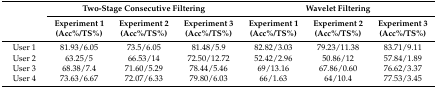
<table><thead><tr><td rowspan="2"></td><td colspan="3"><b>Two-Stage Consecutive Filtering</b></td><td colspan="3"><b>Wavelet Filtering</b></td></tr><tr><td><b>Experiment 1 (Acc%/TS%)</b></td><td><b>Experiment 2 (Acc%/TS%)</b></td><td><b>Experiment 3 (Acc%/TS%)</b></td><td><b>Experiment 1 (Acc%/TS%)</b></td><td><b>Experiment 2 (Acc%/TS%)</b></td><td><b>Experiment 3 (Acc%/TS%)</b></td></tr></thead><tbody><tr><td>User 1</td><td>81.93/6.05</td><td>73.5/6.05</td><td>81.48/5.9</td><td>82.82/3.03</td><td>79.23/11.38</td><td>83.71/9.11</td></tr><tr><td>User 2</td><td>63.25/5</td><td>66.53/14</td><td>72.50/12.72</td><td>52.42/2.96</td><td>50.86/12</td><td>57.84/1.89</td></tr><tr><td>User 3</td><td>68.38/7.4</td><td>71.60/5.29</td><td>78.44/5.46</td><td>69/13.16</td><td>67.86/0.60</td><td>76.62/3.37</td></tr><tr><td>User 4</td><td>73.63/6.67</td><td>72.07/6.33</td><td>79.80/6.03</td><td>66/1.63</td><td>64/10.4</td><td>77.53/3.45</td></tr></tbody></table>